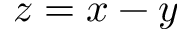
z = x - y